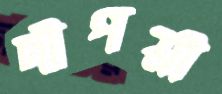
দীপশ্রী